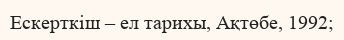
Ескерткіш – ел тарихы, Ақтөбе, 1992;